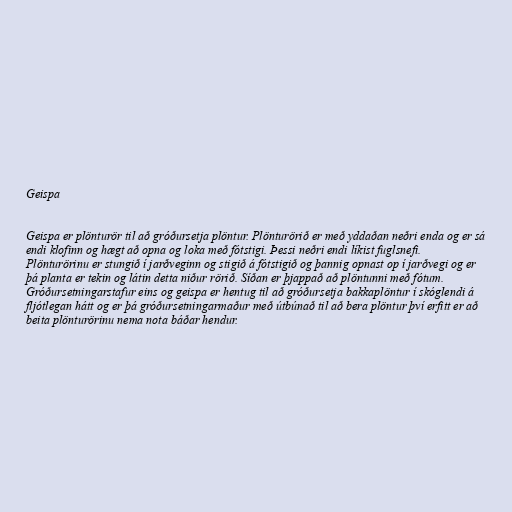
Geispa

Geispa er plönturör til að gróðursetja plöntur. Plönturörið er með yddaðan neðri enda og er sá
endi klofinn og hægt að opna og loka með fótstigi. Þessi neðri endi líkist fuglsnefi.
Plönturörinu er stungið í jarðveginn og stigið á fótstigið og þannig opnast op í jarðvegi og er
þá planta er tekin og látin detta niður rörið. Síðan er þjappað að plöntunni með fótum.
Gróðursetningarstafur eins og geispa er hentug til að gróðursetja bakkaplöntur í skóglendi á
fljótlegan hátt og er þá gróðursetningarmaður með útbúnað til að bera plöntur því erfitt er að
beita plönturörinu nema nota báðar hendur.